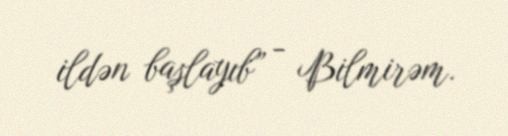
ildən başlayıb” - Bilmirəm.